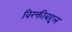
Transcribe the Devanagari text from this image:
विरक्तीबद्दल